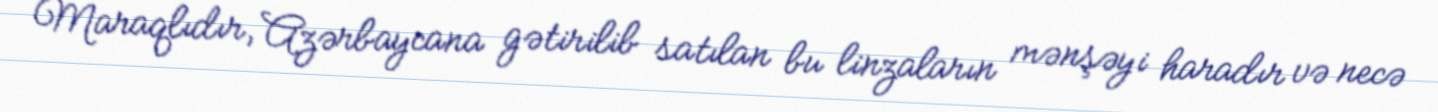
Maraqlıdır, Azərbaycana gətirilib satılan bu linzaların mənşəyi haradır və necə